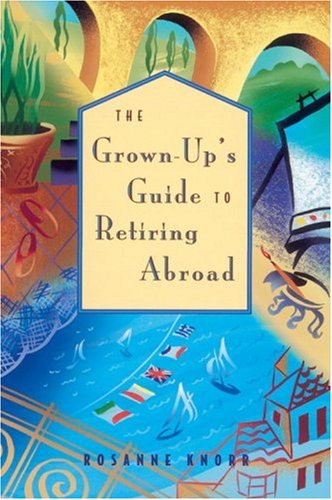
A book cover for The Grown-Up's Guide to Retiring Abroad; Rosanne Knorr; Travel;